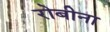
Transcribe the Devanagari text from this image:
रोबीना